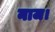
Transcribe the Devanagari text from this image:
नाज।